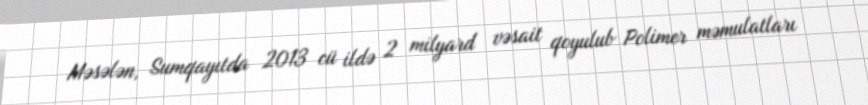
Məsələn, Sumqayıtda 2013 cü ildə 2 milyard vəsait qoyulub Polimer məmulatları